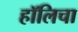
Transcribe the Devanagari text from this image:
हॉलिचा